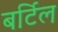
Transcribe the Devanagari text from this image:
बर्टिल